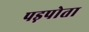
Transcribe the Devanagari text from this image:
पड़पोता